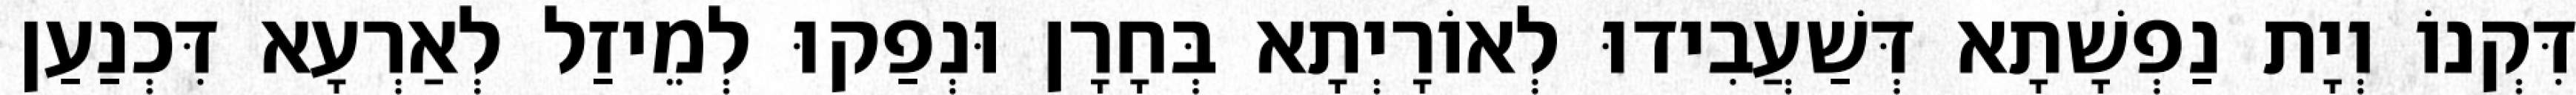
דִּקְנוֹ וְיָת נַפְשָׁתָא דְּשַׁעֲבִידוּ לְאוֹרָיְתָא בְּחָרָן וּנְפַקוּ לְמֵיזַל לְאַרְעָא דִּכְנַעַן